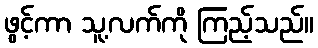
ဖွင့်ကာ သူ့လက်ကို ကြည့်သည်။